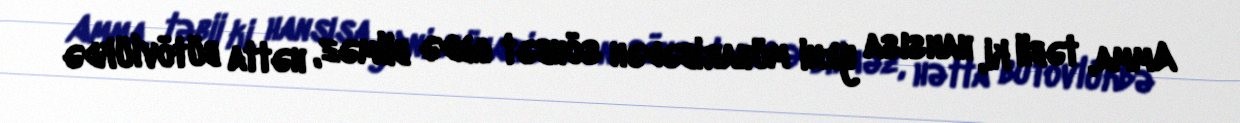
Amma, təbii ki, hansısa yeni müharibədən söhbət gedə bilməz, hətta bütövlükdə